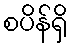
စပိန်ရှိ